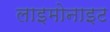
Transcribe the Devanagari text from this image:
लाइमोनाइट